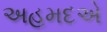
અહમદએ